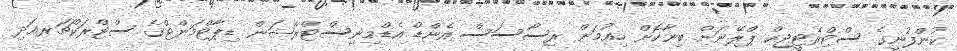
ކުންފުނީގެ ސްޓްރެޓީޖިކް ޕްލޭނަށް ބިނާކޮށް ހިއުމަން ރިސޯސަސް އެންޑް އެޑްމިނިސްޓްރޭޝަން ޑިޕާޓްމަންޓްގެ ސްޓްރަކްޗަރއަދި